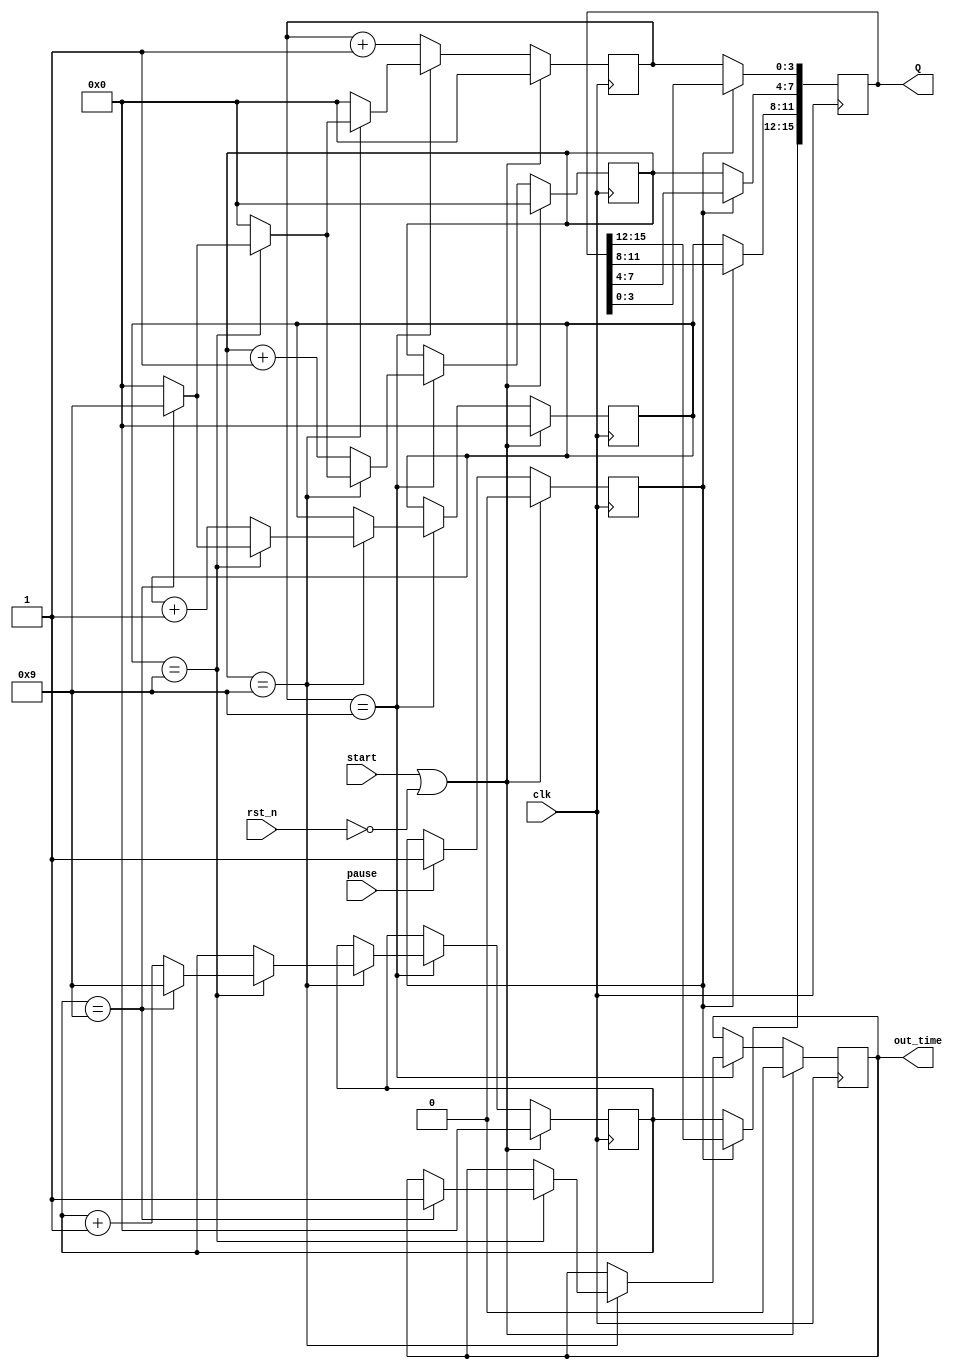
module count (
    input clk,
    input start,//getrand
    input pause,//
    input rst_n,//
    output reg[15:0] Q,
    output reg out_time//
    //5000
);
//always
//44bit
//Q={Q1,Q2,Q3,Q4}
reg[3:0] Q1;
reg[3:0] Q2;
reg[3:0] Q3;
reg[3:0] Q4;
reg flag;
//
always @(posedge clk) begin
    if((start == 1'b1) || (rst_n == 1'b0))
    begin//
        Q1 <= 4'd0;
        Q2 <= 4'd0;
        Q3 <= 4'd0;
        Q4 <= 4'd0;
        out_time <= 1'b0;
    end
    else if(Q4 == 4'd9) begin
        Q4 <= 4'd0;
        if(Q3 == 4'd9)begin
            Q3 <= 4'd0;
            if(Q2 == 4'd9)begin
                Q2 <= 4'd0;
                if(Q1 == 4'd9)begin
                    Q1 <= 4'd9;
                    Q2 <= 4'd9;
                    Q3 <= 4'd9;
                    Q4 <= 4'd9;
                    out_time <= 1'b1;
                end
                else
                    Q1 <= Q1+4'd1;
            end
            else
                Q2 <= Q2+4'd1;
        end
        else
            Q3 <= Q3+4'd1;
    end
    else
        Q4 <= Q4+4'd1;
end
always @(posedge clk) begin
    if(~rst_n || start) begin
        flag <= 1'b0;
    end
    else if(pause) begin
        flag <= 1'b1;
    end
    else begin
        flag <= flag;
    end
end

//
always @(posedge clk) begin
if(flag) begin
    Q <= Q;
end
else
    begin
    Q[3:0] <= Q4;
    Q[7:4] <= Q3;
    Q[11:8] <= Q2;
    Q[15:12] <= Q1;
end

end
endmodule //count